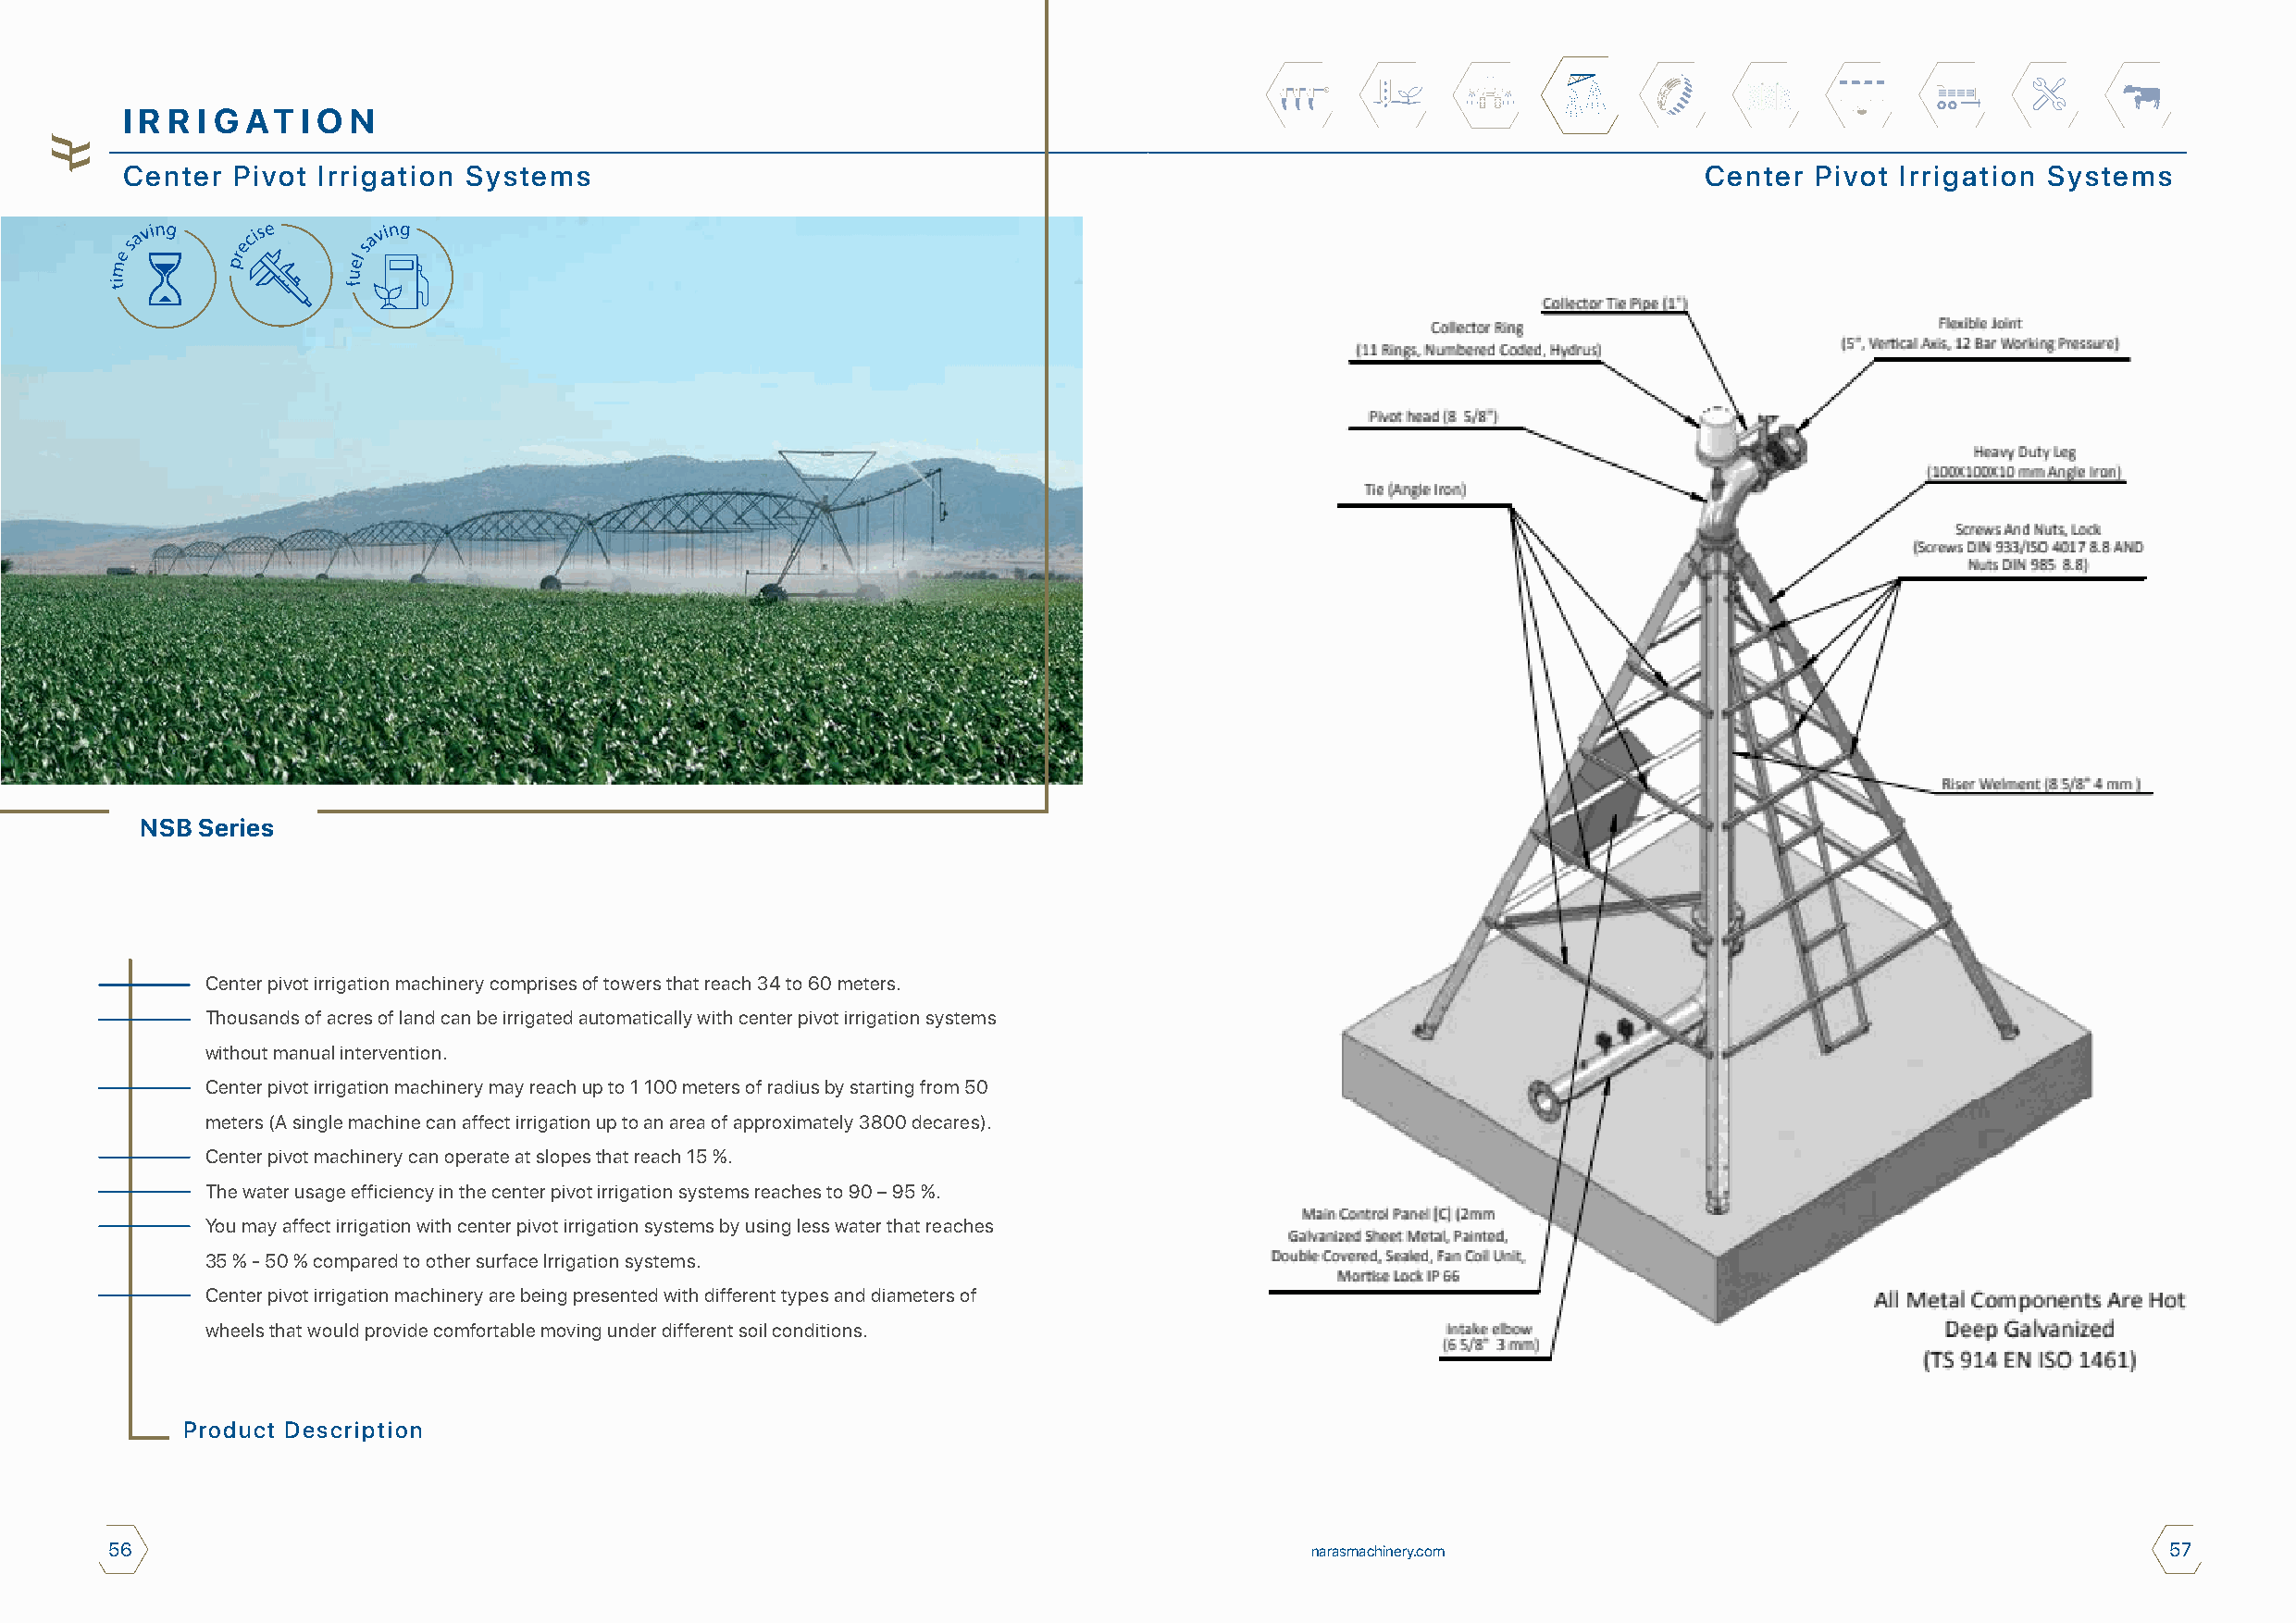
I R R I G AT I O N
 Center  Pivot Irrigation Systems                                                                                 Center  Pivot Irrigation Systems
 NSB Series
 Center pivot irrigation machinery comprises of towers that reach 34 to 60 meters.
 Thousands of acres of land can be irrigated automatically with center pivot irrigation systems
 without manual intervention.
 Center pivot irrigation machinery may reach up to 1 100 meters of radius by starting from 50
 meters (A single machine can affect irrigation up to an area of approximately 3800 decares).
 Center pivot machinery can operate at slopes that reach 15 %.
 The water usage efficiency in the center pivot irrigation systems reaches to 90 – 95 %.
 You may affect irrigation with center pivot irrigation systems by using less water that reaches
 35 % - 50 % compared to other surface Irrigation systems.
 Center pivot irrigation machinery are being presented with different types and diameters of
 wheels that would provide comfortable moving under different soil conditions.
 Product Description
 56                                                                                    narasmachinery.com                                           57